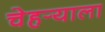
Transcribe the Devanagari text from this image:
चेहर्‍याला